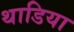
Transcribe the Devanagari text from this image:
थाडिया